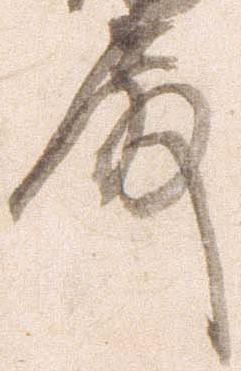
殿